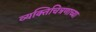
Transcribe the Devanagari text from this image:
व्यक्तिचित्रणाच्या